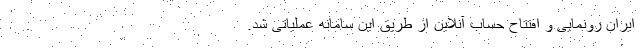
ایران رونمایی و افتتاح حساب آنلاین از طریق این سامانه عملیاتی شد.